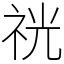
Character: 𥙑